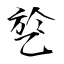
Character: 乻